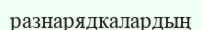
разнарядкалардың